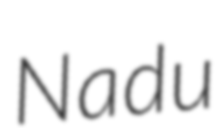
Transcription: Nadu